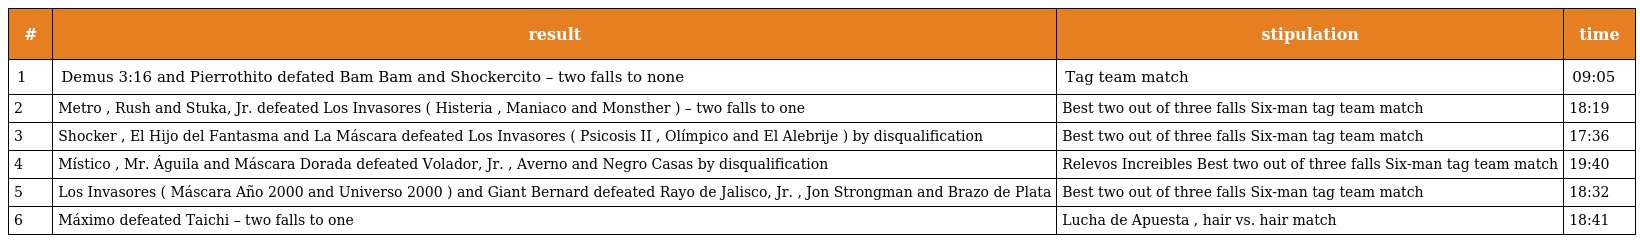
| # | result | stipulation | time |
 | --- | --- | --- | --- |
 | 1 | Demus 3:16 and Pierrothito defated Bam Bam and Shockercito – two falls to none | Tag team match | 09:05 |
 | 2 | Metro , Rush and Stuka, Jr. defeated Los Invasores ( Histeria , Maniaco and Monsther ) – two falls to one | Best two out of three falls Six-man tag team match | 18:19 |
 | 3 | Shocker , El Hijo del Fantasma and La Máscara defeated Los Invasores ( Psicosis II , Olímpico and El Alebrije ) by disqualification | Best two out of three falls Six-man tag team match | 17:36 |
 | 4 | Místico , Mr. Águila and Máscara Dorada defeated Volador, Jr. , Averno and Negro Casas by disqualification | Relevos Increibles Best two out of three falls Six-man tag team match | 19:40 |
 | 5 | Los Invasores ( Máscara Año 2000 and Universo 2000 ) and Giant Bernard defeated Rayo de Jalisco, Jr. , Jon Strongman and Brazo de Plata | Best two out of three falls Six-man tag team match | 18:32 |
 | 6 | Máximo defeated Taichi – two falls to one | Lucha de Apuesta , hair vs. hair match | 18:41 |